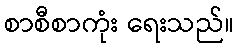
စာစီစာကုံး ရေးသည်။